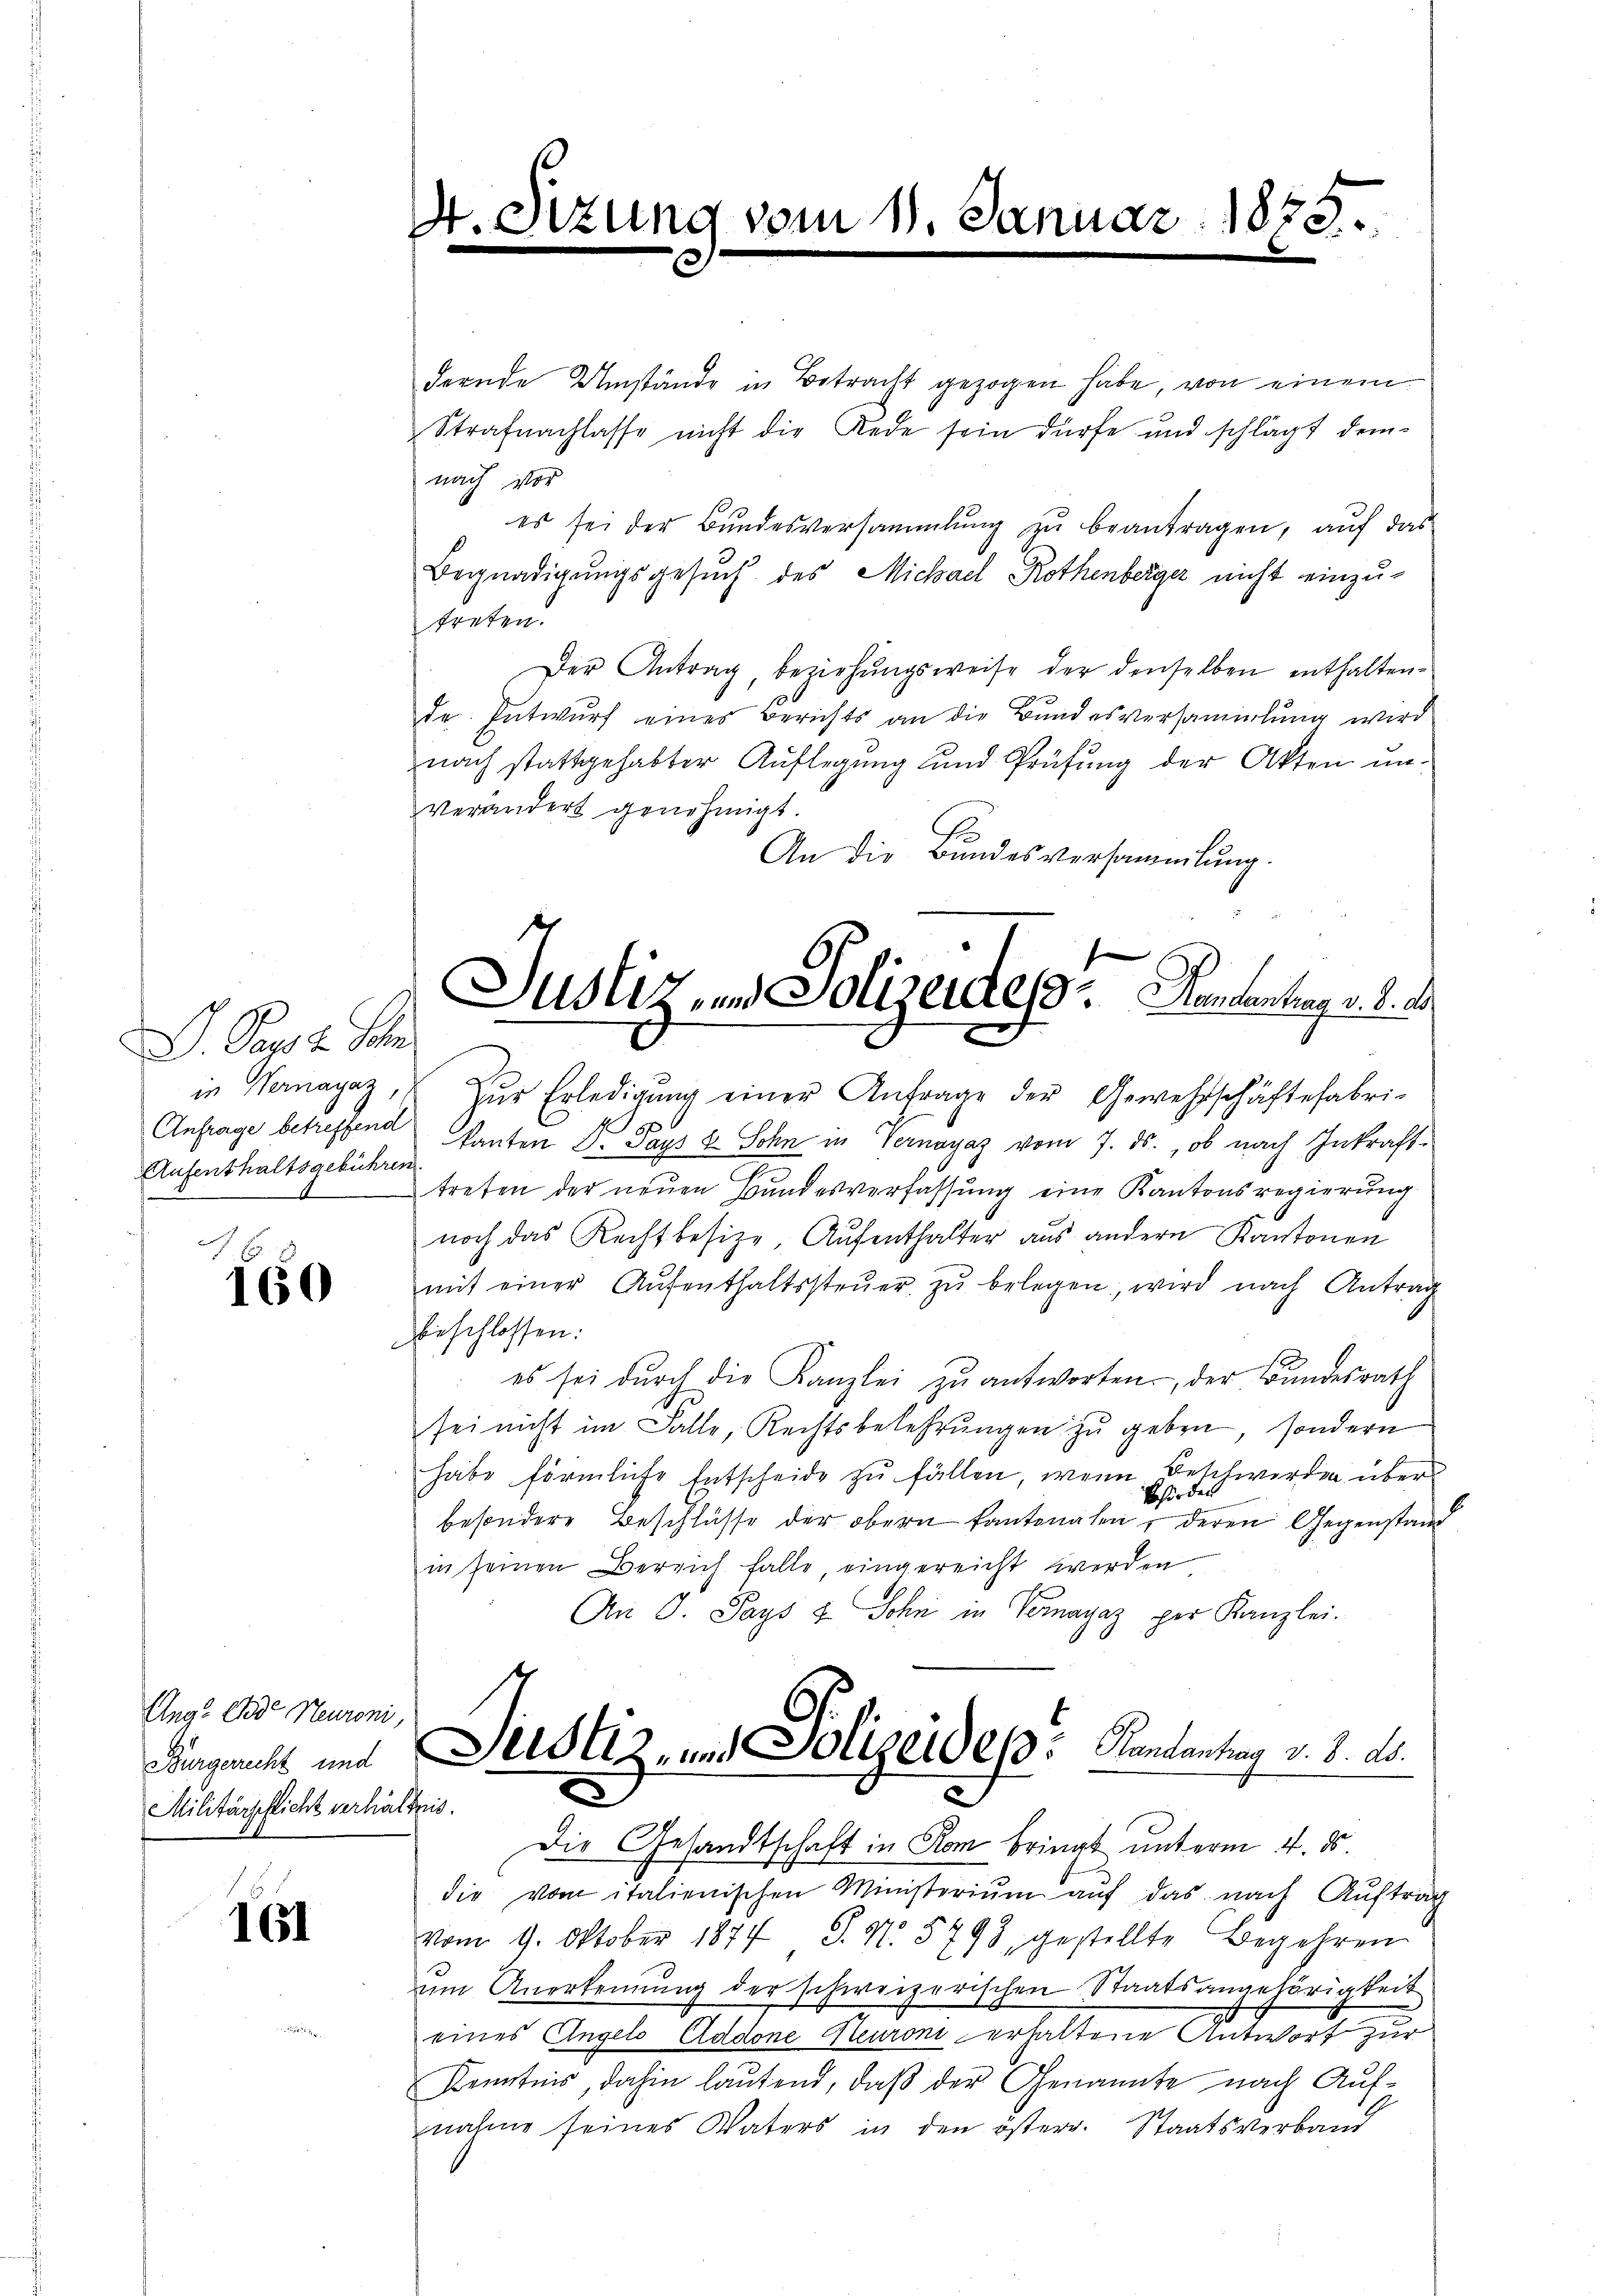
D. Papst Sch
Aufenthaltsgebühren

160

Ang Code Neuroni,
Burgerrecht und
Militärschlicht verhältnis.

161

4. Siz.

ung vom 11. S.

1873.

dernde Umstände in Betracht gezogen habe, von einem
Strafnachlasse nicht die Rede sein dürfe und schlägt demnach vor
es sei der Bŭndesversammlung zŭ beantragen, aŭf das
Begnadigungsgesuch des Michael Rothenberger nicht einzutreten.
Der Antrag, beziehungsweise der denselben enthaltende Entwurf eines Berichts an die Bundesversammlung wird
nach stattgehabter Auflegung und Prüfung der Akten un-
verändert genehmigt.
An die Bundesversammlung.

Justiz- und Polizeide d. Stundentrag v. d. d.

Durstiz- und Polizeides Handantrag v. 8. ds.
x
2
Die Gesandtschaft in Rom bringt unterm 4. ds.

die vom italienischen Ministerium auf das nach Auftrag
vom 9. Oktober 1877 S. N. 5798, gestellte Begehren
um Anerkennung der schweizerischen Staatsangehörigkeit
eines Angels Addene Heuroni erhaltene Antwort zur
Kenntnis, dahin lautend, daß der Genannte nach Aufnahme seines Vaters in den österr. Staatsverband

in Vermagaz, zŭr Erledigŭng einer Anfrage der Gewehrschäftefabri-
Anfrage betreffend kanten Dr. Pays & Sohn in Vernayaz vom 7. ds., ob nach Inkraft-
treten der neuen Bundesverfassung eine Kantonsregierung
noch das Rechtbesitze, Aufenthalter aus andern Kantonen
mit einer Aŭfenthaltssteŭer zŭ belegen, wird nach Antrag
beschlossen:
es sei dŭrch die Kanzlei zŭ antworten. der Bundesrath
sei nicht im Falle, Rechtsbekehrungen zu geben, sondern
habe förmliche Entscheide zu fällen, wenn Beschwerden über
Behörden
besondere Beschlüsse der obern kantonalen, deren Gegenstand
in seinen Bereich falle, eingereicht werden
An P. Pays & Sohn in Pomagaz per Kanzlei.